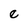
Character: e